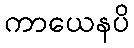
ကာယေနပိ